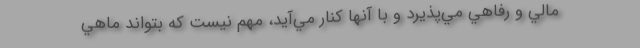
مالي و رفاهي مي‌پذيرد و با آنها كنار مي‌آيد، مهم نيست كه بتواند ماهي